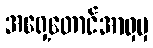
အရှေ့တောင်အာရှမှ